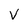
Character: v